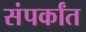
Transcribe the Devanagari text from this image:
संपर्कांत